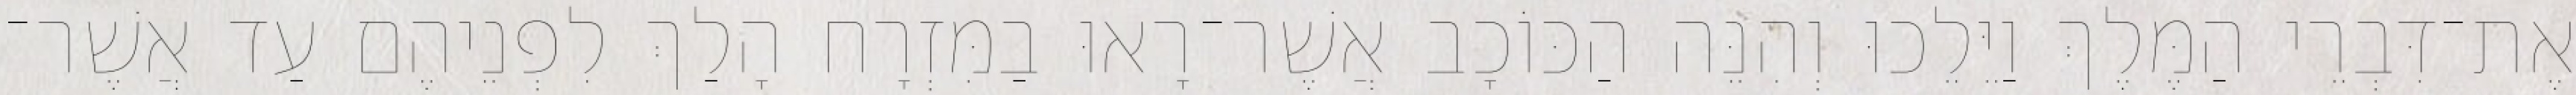
אֶת־דִּבְרֵי הַמֶּלֶךְ וַיֵּלֵכוּ וְהִנֵּה הַכּוֹכָב אֲשֶׁר־רָאוּ בַמִּזְרָח הָלַךְ לִפְנֵיהֶם עַד אֲשֶׁר־